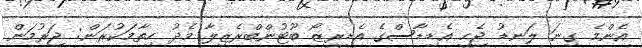
އެންމެ ގިނަ ލަނޑު ޖެހީ އެޑިޑާސްގެ އެޑިރީޒޯ ބޫޓުންބްރެޒިލާ މެދު ހިތާމަކުރަން: ޖަރުމަން